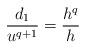
\begin{align*}\frac{d_1}{u^{q+1}} = \frac{h^q}{h}\end{align*}